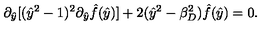
\partial _ { \hat { y } } [ ( \hat { y } ^ { 2 } - 1 ) ^ { 2 } \partial _ { \hat { y } } \hat { f } ( \hat { y } ) ] + 2 ( \hat { y } ^ { 2 } - \beta _ { D } ^ { 2 } ) \hat { f } ( \hat { y } ) = 0 .